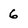
Character: 6